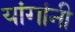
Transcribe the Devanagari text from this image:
यांगांनी